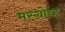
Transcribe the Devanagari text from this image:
मस्ग्रोव्ह